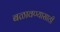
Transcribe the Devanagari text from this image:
बळावण्यासाठी